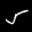
Label: 5